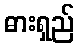
ဓားရှည်